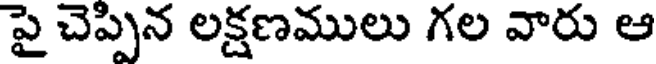
పై చెప్పిన లక్షణములు గల వారు ఆ